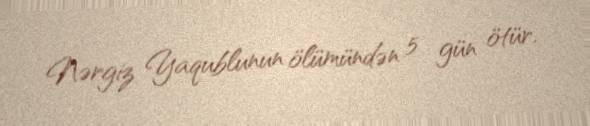
Nərgiz Yaqublunun ölümündən 5 gün ötür.